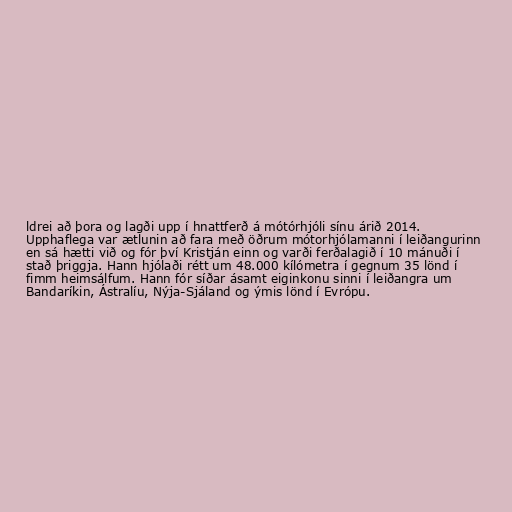
ldrei að þora og lagði upp í hnattferð á mótórhjóli sínu árið 2014.
Upphaflega var ætlunin að fara með öðrum mótorhjólamanni í leiðangurinn
en sá hætti við og fór því Kristján einn og varði ferðalagið í 10 mánuði í
stað þriggja. Hann hjólaði rétt um 48.000 kílómetra í gegnum 35 lönd í
fimm heimsálfum. Hann fór síðar ásamt eiginkonu sinni í leiðangra um
Bandaríkin, Ástralíu, Nýja-Sjáland og ýmis lönd í Evrópu.